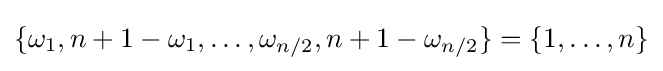
\{\omega _{1},n+1-\omega _{1},\dots ,\omega _{n/2},n+1-\omega _{n/2}\}=\{1,\dots ,n\}